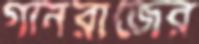
গানরাজের